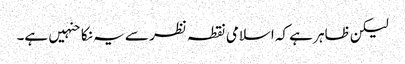
لیکن ظاہر ہے کہ اسلامی نقطہ نظر سے یہ نکاحنہیں ہے۔